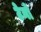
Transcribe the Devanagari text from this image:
टेनो